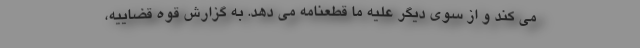
می کند و از سوی دیگر علیه ما قطعنامه می دهد. به گزارش قوه قضاییه،